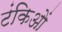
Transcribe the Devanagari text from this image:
टंकिओं